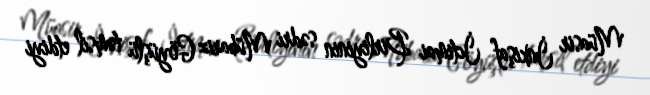
Müasir İnkişaf İctimai Birliyinin sədri Mübariz Göyüşlü təmsil etdiyi